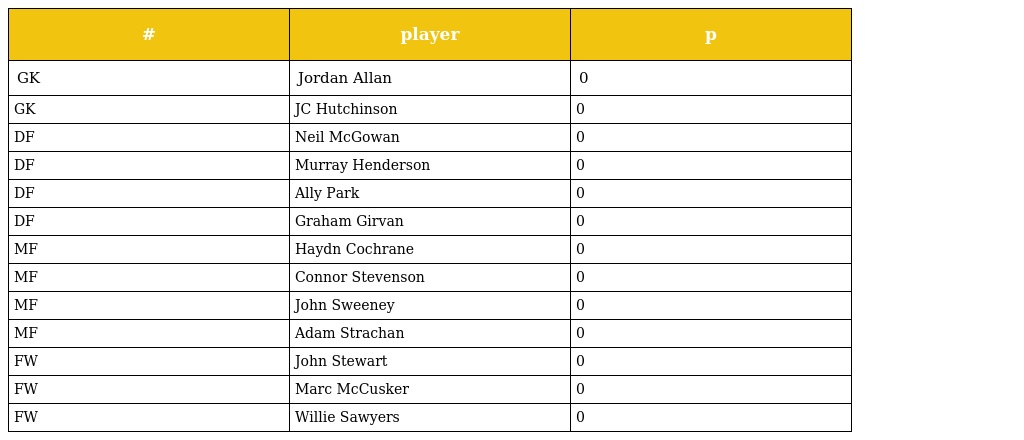
| # | player | p |
 | --- | --- | --- |
 | GK | Jordan Allan | 0 |
 | GK | JC Hutchinson | 0 |
 | DF | Neil McGowan | 0 |
 | DF | Murray Henderson | 0 |
 | DF | Ally Park | 0 |
 | DF | Graham Girvan | 0 |
 | MF | Haydn Cochrane | 0 |
 | MF | Connor Stevenson | 0 |
 | MF | John Sweeney | 0 |
 | MF | Adam Strachan | 0 |
 | FW | John Stewart | 0 |
 | FW | Marc McCusker | 0 |
 | FW | Willie Sawyers | 0 |